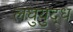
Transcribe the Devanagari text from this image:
लघुयुद्ध